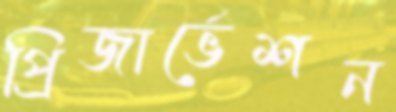
প্রিজার্ভেশন